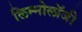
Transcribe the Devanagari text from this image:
लिम्नोलॉजी